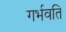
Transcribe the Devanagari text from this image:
गर्भवति